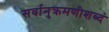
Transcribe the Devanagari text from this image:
सर्वानुक्रमणीशब्दं